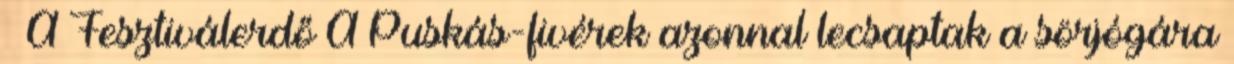
– A Fesztiválerdő A Puskás-fivérek azonnal lecsaptak a sörjógára